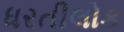
ધરતીલોક